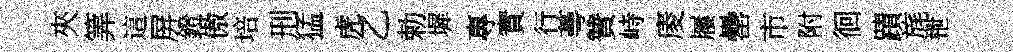
夾筭這屏鐙傲培刑猛虎乙勅墀專實行蕚贊峙庱屨罍市附徊蹟旄枻